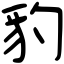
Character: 豹